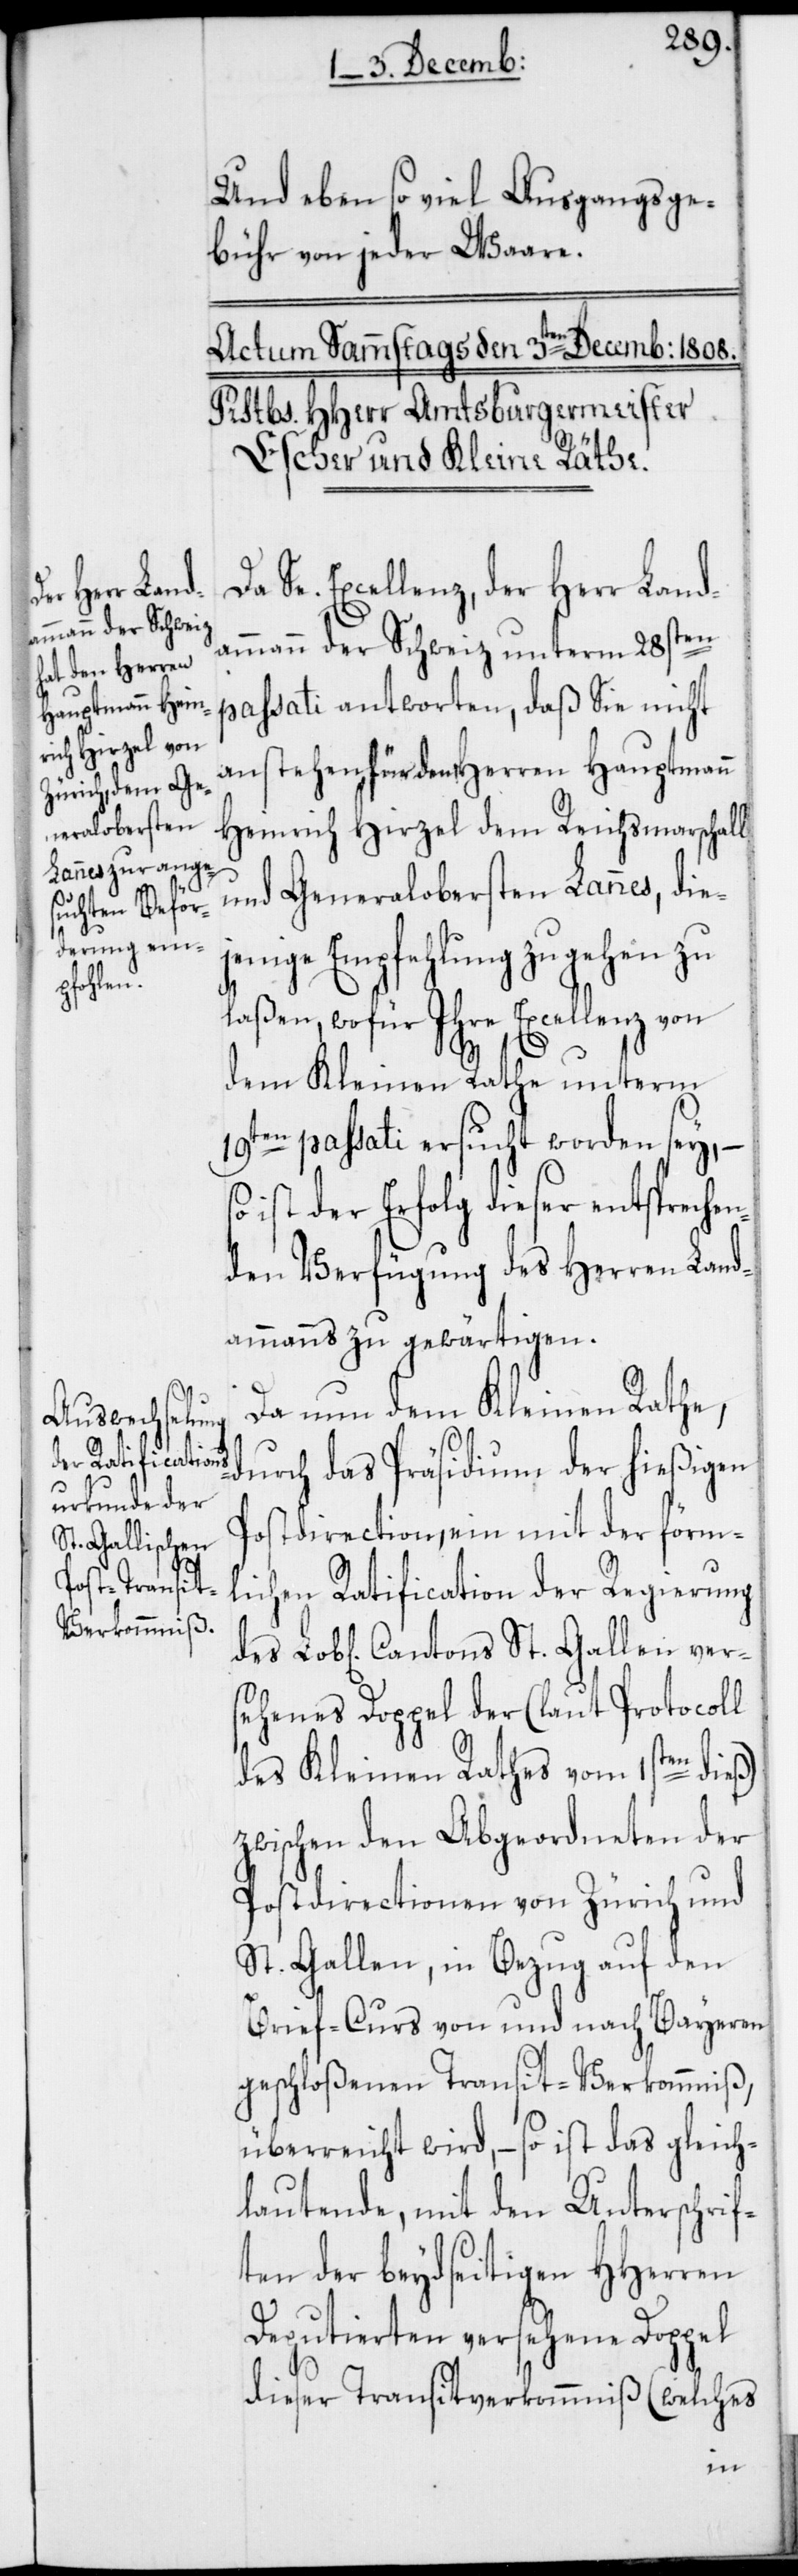
verseh¬

Und eben so viel Ausgangsge¬
bühr von jeder Waare.
Se. Excellenz, der Herr Land¬
ammann der Schweiz unterm 28sten
passati antworten, daß Sie nicht
anstehen, für den Herren Hauptmann
Heinrich Hirzel dem Reichsmarschall
und Generalobersten Lannes, die¬
jenige Empfehlung zu gehen zu
laßen, wofür Ihre Excellenz von
dem Kleinen Rathe unterm
19ten passati ersucht worden sey, –
ist der Erfolg dieser entsprech¬
den Verfügung des Herren Land¬
ammanns zu gewärtigen.
Da nun dem Kleinen Rathe,
durch das Präsidium der hießigen
Postdirection, ein mit der förm¬
lichen Ratification der Regierung
enes Doppel der (laut Protocoll
des Kleinen Raths vom 1sten dieß)
zwischen den Abgeordneten der
Postdirectionen von Zürich und
St. Gallen, in Bezug auf den
Brief-Curs von und nach Bayeren
geschloßenen Transit-Verkommniß,
überreicht wird, – so ist das gleich¬
lautende, mit den Unterschrif¬
ten der beydseitigen HHerren
Deputierten versehene Doppel
dieser Transitverkommniß (welches
en¬